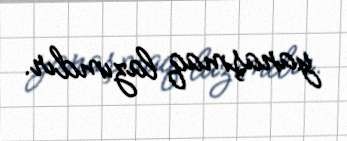
yanaşmaq lazımdır.